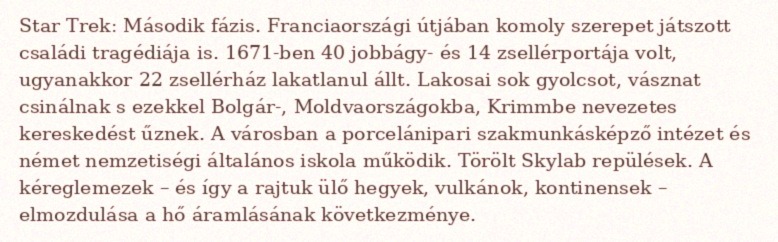
Star Trek: Második fázis. Franciaországi útjában komoly szerepet játszott családi tragédiája is. 1671-ben 40 jobbágy- és 14 zsellérportája volt, ugyanakkor 22 zsellérház lakatlanul állt. Lakosai sok gyolcsot, vásznat csinálnak s ezekkel Bolgár-, Moldvaországokba, Krimmbe nevezetes kereskedést űznek. A városban a porcelánipari szakmunkásképző intézet és német nemzetiségi általános iskola működik. Törölt Skylab repülések. A kéreglemezek – és így a rajtuk ülő hegyek, vulkánok, kontinensek – elmozdulása a hő áramlásának következménye.